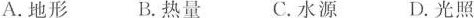
A.地形 B热量 C水源 D光照